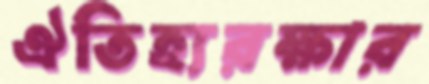
ঐতিহ্যরক্ষার